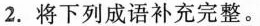
2. 将下列成语补充完整。